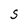
Character: S